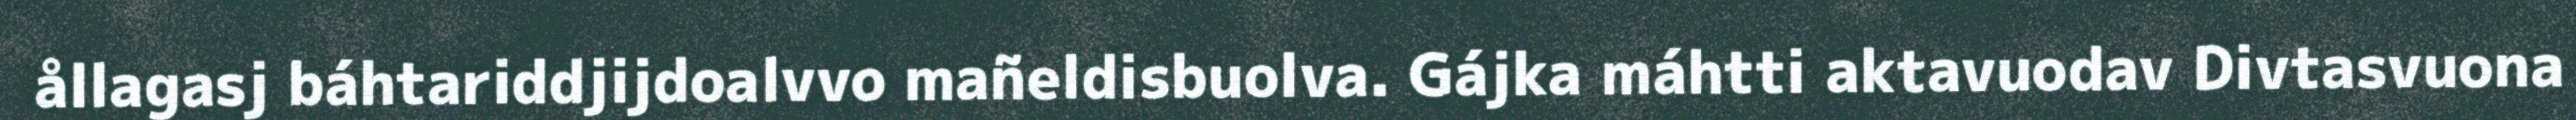
ållagasj báhtariddjijdoalvvo mañeldisbuolva. Gájka máhtti aktavuodav Divtasvuona